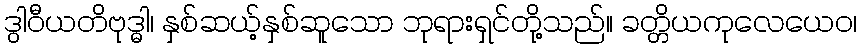
ဒွါဝီယတိဗုဒ္ဓါ၊ နှစ်ဆယ့်နှစ်ဆူသော ဘုရားရှင်တို့သည်။ ခတ္တိယကုလေယေဝ၊